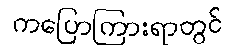
ကပြောကြားရာတွင်